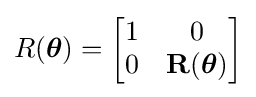
R({\boldsymbol {\theta }})={\begin{bmatrix}1&0\\0&\mathbf {R} ({\boldsymbol {\theta }})\end{bmatrix}}